Annual report on the working of the Harcourt Butler Institute of Public Health, Rangoon
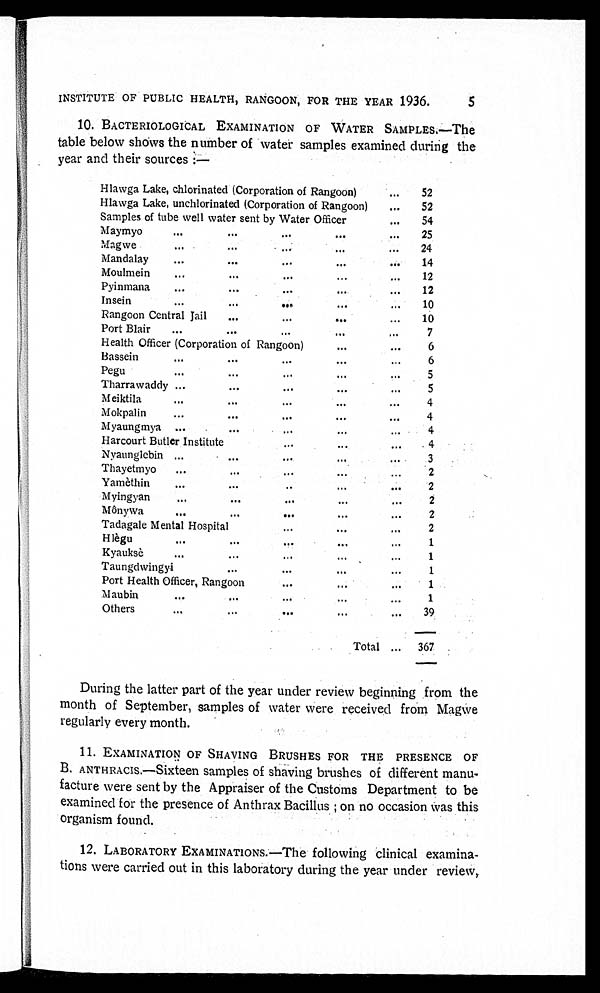
5
INSTITUTE OF PUBLIC HEALTH, RANGOON, FOR THE YEAR 1936.
10. BACTERIOLOGICAL EXAMINATION OF WATER SAMPLES.—The
table below shows the number of water samples examined during the
year and their sources :—
Hlawga Lake, chlorinated (Corporation of Rangoon) . . .
52
Hlawga Lake, unchlorinated (Corporation of Rangoon) . . .
52
Samples of tube well water sent by Water Officer . . .
54
Maymyo . . .
25
Magwe . . .
24
Mandalay . . .
14
Moulmein . . .
12
Pyinmana . . .
12
Insein . . .
1 0
Rangoon Central Jail . . .
10
Port Blair . . .
7
Health Officer (Corporation of Rangoon) . . .
6
Bassein . . .
6
Pegu . . .
5
Tharrawaddy . . .
5
Meiktila . . .
4
Mokpalin . . .
4
Myaungmya . . .
4
Harcourt Butler Institute . . .
4
Nyaunglebin . . .
3
Thayetmyo . . .
2
Yamèthin . . .
2
Myingyan . . .
2
Mônywa . . .
2
Tadagale Mental Hospital . . .
2
Hlègu . . .
1
Kyauksè . . .
1
Taungdwingyi . . .
1
Port Health Officer, Rangoon . . .
1
Maubin . . .
1
Others . . .
39
Total . . .
367
During the latter part of the year under review beginning from the
month of September, samples of water were received from Magwe
regularly every month.
1 1 . E X A M I N A T I O N O F S H A V I N G B R U S H E S F O R T H E P R E S E N C E O F
B. ANTHRACIS.—Sixteen samples of shaving brushes of different manu
- f a c t u r e w e r e s e n t b y t h e A p p r a i s e r o f t h e C u s t o m s D e p a r t m e n t t o b e
examined for the presence of Anthrax Bacillus ; on no occasion was this
organism found.
12. LABORATORY EXAMINATIONS.—The following clinical examina
- t i o n s w e r e c a r r i e d o u t i n t h i s l a b o r a t o r y d u r i n g t h e y e a r u n d e r r e v i e w ,